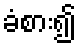
ခံစား၍